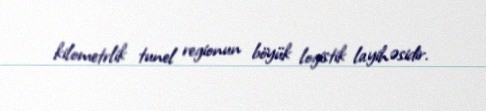
kilometrlik tunel regionun böyük logistik layihəsidir.